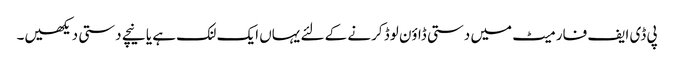
پی ڈی ایف فارمیٹ میں دستی ڈاؤن لوڈ کرنے کے لئے یہاں ایک لنک ہے یا نیچے دستی دیکھیں۔